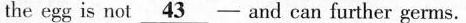
the egg is not \underline{43} -- and can further germs.ke